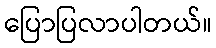
ပြောပြလာပါတယ်။